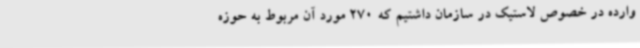
وارده در خصوص لاستیک در سازمان داشتیم که 270 مورد آن مربوط به حوزه